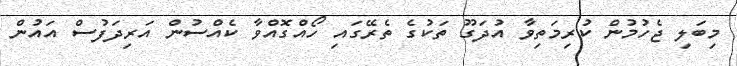
މިބަލި ޖެހުމުން ކުރިމަތިވާ އުދަގޫ ތަކުގެ ތެރޭގައި ހޯއްގޮޮއްވާ ކެއްސުން އަރިދަފުސް އައުން